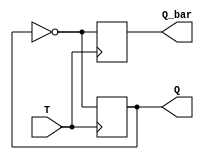
module async_T_FF (
    input T,
    output Q,
    output Q_bar
);

reg Q, Q_bar;

always @ (posedge T) begin
    Q <= ~Q;
    Q_bar <= ~Q;
end

endmodule